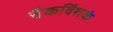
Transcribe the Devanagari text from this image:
चैकविंशकं